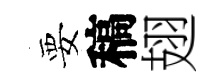
要稿翅